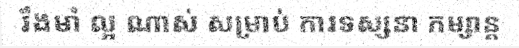
រឹងមាំ ល្អ ណាស់ សម្រាប់ ការទស្សនា កម្សាន្ត